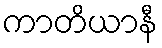
ကာတိယာနီ